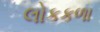
લોકકળા